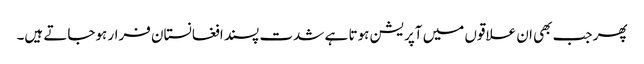
پھر جب بھی ان علاقوں میں آپریشن ہوتا ہے شدت پسند افغانستان فرار ہوجاتے ہیں۔